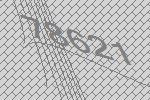
78621